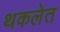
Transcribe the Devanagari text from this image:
थकलेत